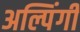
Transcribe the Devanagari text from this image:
अल्पिंगी